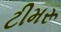
ટીમરૂ